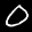
Label: 0